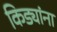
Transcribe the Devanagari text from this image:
किड्यांना